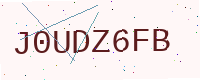
Text: J0UDZ6FB